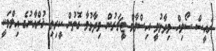
ރައީސް ސޯލިހް ވިދާޅުވީ އިސްލާމް ޓީޗަރުން ވިދާޅުވާ ގޮތުން ކީރިތި ޤުރްއާނުގެ އިލްމަކީ